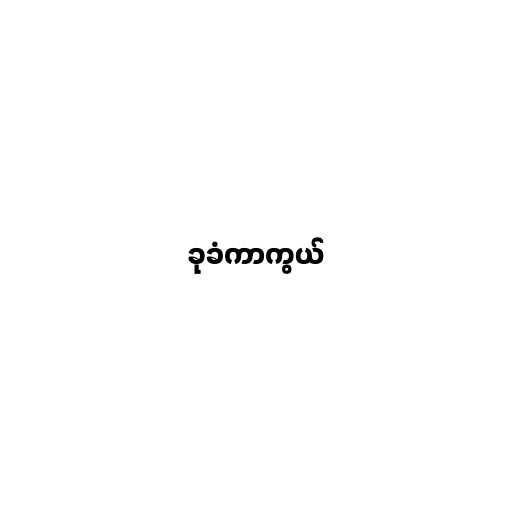
ခုခံကာကွယ်